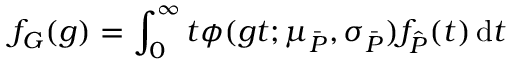
f _ { G } ( g ) = \int _ { 0 } ^ { \infty } t \phi ( g t ; \mu _ { \bar { P } } , \sigma _ { \bar { P } } ) f _ { \hat { P } } ( t ) \, \mathrm d t